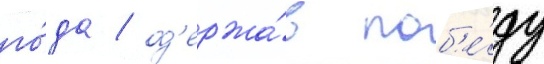
го́да / од'ержа́в поб'е́ду